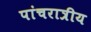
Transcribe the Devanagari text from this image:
पांचरात्रीय